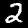
Label: 2